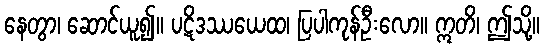
နေတွာ၊ ဆောင်ယူ၍။ ပဋိဒဿယေထ၊ ပြပါကုန်ဦးလော။ ဣတိ၊ ဤသို့။